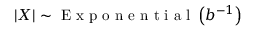
\left| X \right| \sim { \textrm { E x p o n e n t i a l } } \left( b ^ { - 1 } \right)